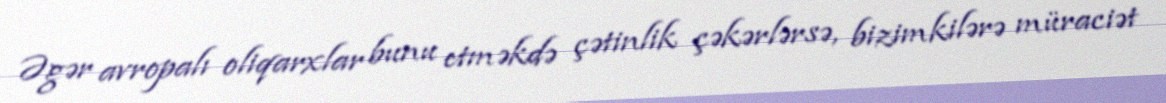
Əgər avropalı oliqarxlar bunu etməkdə çətinlik çəkərlərsə, bizimkilərə müraciət